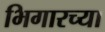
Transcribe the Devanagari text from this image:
भिगारच्या